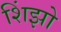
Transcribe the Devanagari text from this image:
शिंझो